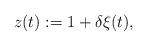
LaTeX: \begin{align*}z(t) := 1 + \delta \xi(t), \end{align*}